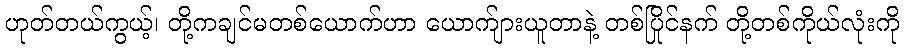
ဟုတ်တယ်ကွယ့်၊ တို့ကချင်မတစ်ယောက်ဟာ ယောက်ျားယူတာနဲ့ တစ်ပြိုင်နက် တို့တစ်ကိုယ်လုံးကို